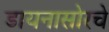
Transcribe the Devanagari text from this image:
डायनासोरचे